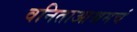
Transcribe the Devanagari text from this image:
वनिताआश्रमचं